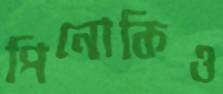
পিনোকিও